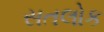
સતલોક